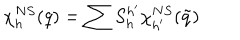
\chi _ { h } ^ { N S } ( q ) = \sum S _ { h } ^ { h ^ { \prime } } \chi _ { h ^ { \prime } } ^ { N S } ( \tilde { q } )